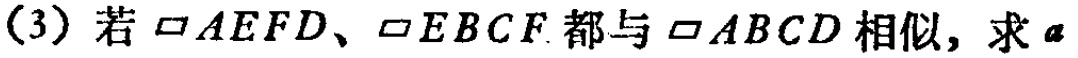
(3) 若$\square AEFD$、$\square EBCF$都与$\square ABCD$相似，求$a$